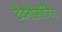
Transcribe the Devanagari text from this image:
टेक्नोलॉजिज